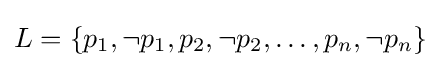
L=\{p_{1},\lnot p_{1},p_{2},\lnot p_{2},\ldots ,p_{n},\lnot p_{n}\}